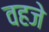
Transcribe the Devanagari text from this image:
वहजे